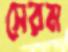
সেরম